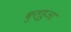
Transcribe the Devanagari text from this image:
कुल्हुआ